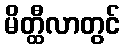
မိတ္ထီလာတွင်